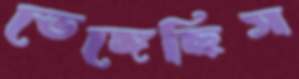
ভেঙ্গেছিস